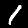
Label: 1